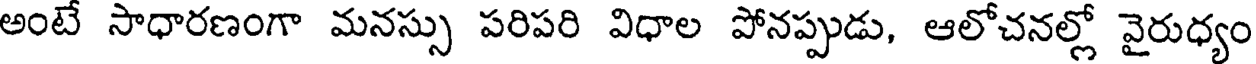
అంటే సాధారణంగా మనస్సు పరిపరి విధాల పోనప్పుడు, ఆలోచనల్లో వైరుధ్యం